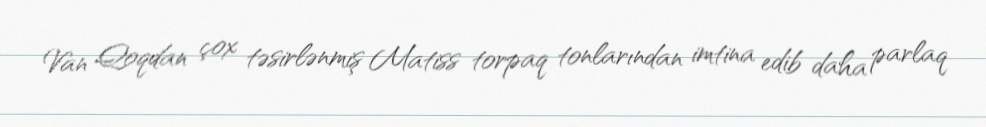
Van Qoqdan çox təsirlənmiş Matiss torpaq tonlarından imtina edib daha parlaq